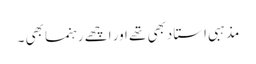
مذہبی استا دبھی تھے اور اچھے رہنما بھی ۔